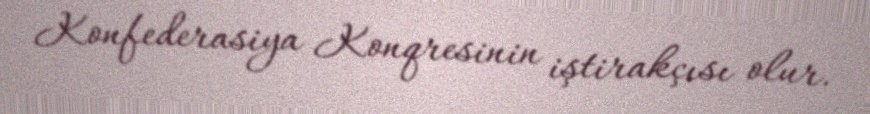
Konfederasiya Konqresinin iştirakçısı olur.